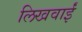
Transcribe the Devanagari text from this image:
लिखवाईं